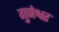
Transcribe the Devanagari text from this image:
गुणेश्वर